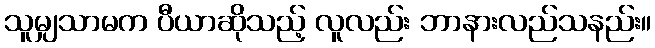
သူမျှသာမက ပီယာဆိုသည့် လူလည်း ဘာနားလည်သနည်း။